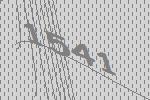
1541